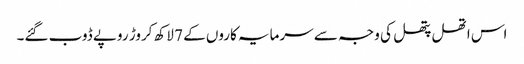
اس اتھل پتھل کی وجہ سے سرمایہ کاروں کے 7 لاکھ کروڑ روپے ڈوب گئے۔